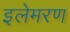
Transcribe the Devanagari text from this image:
इलेमरण